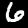
Digit: 6